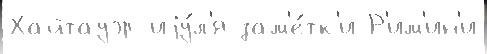
Хайтауэр иjу́л'я зам'е́тк'и Р'им'ин'и